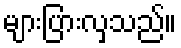
များပြားလှသည်။